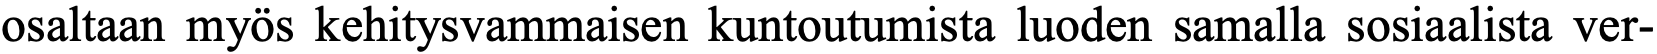
osaltaan myös kehitysvammaisen kuntoutumista luoden samalla sosiaalista ver-